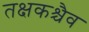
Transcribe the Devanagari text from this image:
तक्षकश्चैव